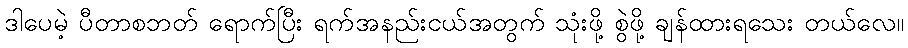
ဒါပေမဲ့ ပီတာစဘတ် ရောက်ပြီး ရက်အနည်းငယ်အတွက် သုံးဖို့ စွဲဖို့ ချန်ထားရသေး တယ်လေ။